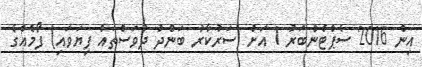
އިން 2016 ސެޕްޓެންބަރު 1 އަށް (ސަރުކާރު ބަންދު ދުވަސްތައް ފިޔަވައި) ފޯމެއްގެ